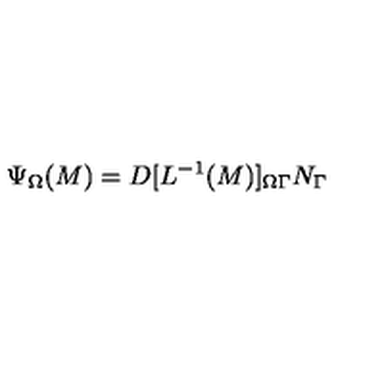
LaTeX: \Psi _ { \Omega } ( M ) = D [ L ^ { - 1 } ( M ) ] _ { \Omega \Gamma } N _ { \Gamma }